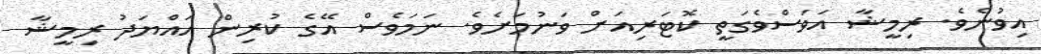
އިވުނެވެ. ރިމީޝާ އަވަސްވެގަތީ ކޮޓަރިއަށް ވަނުމަށެވެ. ނަމަވެސް އޭގެ ކުރިން އައްޔަދު ރިމީޝާ